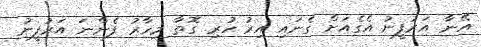
އޭނާ އަރުފީނު އެގެއަށް ގެނައި އިރު ހުރި ގޮތާ މިހާރު ފެންނަ އަރުފީނު